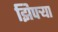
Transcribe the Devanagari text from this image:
झिपर्‍या